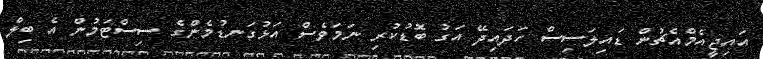
އައިޖީއެމްއެޗުން ޑައިލަސިސް ހަދައިދޭ އަގު ބޮޑުކުރި ނަމަވެސް އަޅުގަނޑުމެންގެ ސިސްޓަމުން އެ ބިލް